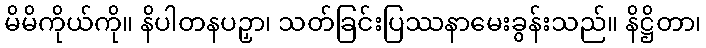
မိမိကိုယ်ကို။ နိပါတနပဉှာ၊ သတ်ခြင်းပြဿနာမေးခွန်းသည်။ နိဋ္ဌိတာ၊